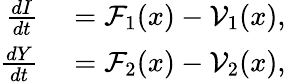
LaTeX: \begin{array}{rl}{\frac{dI}{dt}}&{{}=\mathcal{F}_{1}(x)-\mathcal{V}_{1}(x),}\\ {\frac{dY}{dt}}&{{}=\mathcal{F}_{2}(x)-\mathcal{V}_{2}(x),}\end{array}